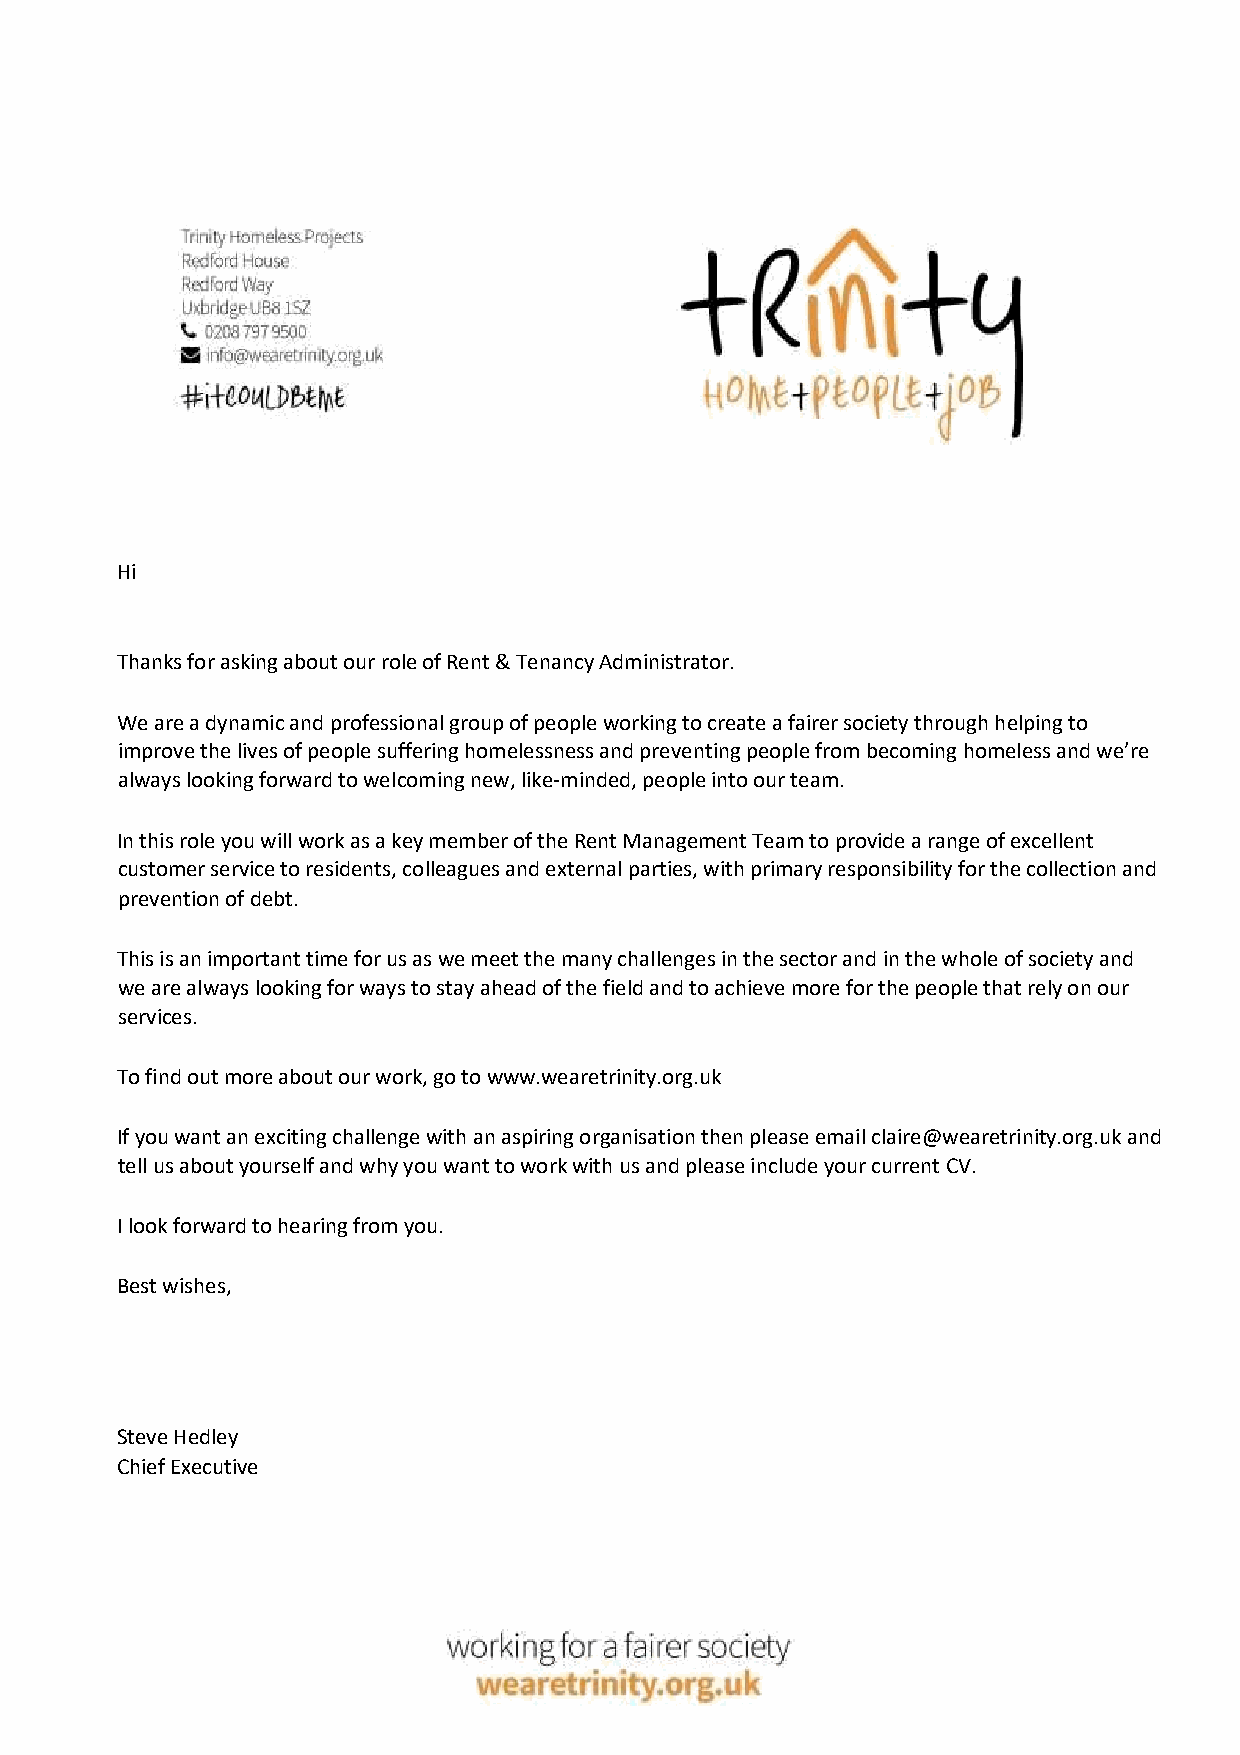
Hi
 Thanks for asking about our role of Rent & Tenancy Administrator.
 We are a dynamic and professional group of people working to create a fairer society through helping to
 improve the lives of people suffering homelessness and preventing people from becoming homeless and we’re
 always looking forward to welcoming new, like-minded, people into our team.
 In this role you will work as a key member of the Rent Management Team to provide a range of excellent
 customer service to residents, colleagues and external parties, with primary responsibility for the collection and
 prevention of debt.
 This is an important time for us as we meet the many challenges in the sector and in the whole of society and
 we are always looking for ways to stay ahead of the field and to achieve more for the people that rely on our
 services.
 To find out more about our work, go to www.wearetrinity.org.uk
 If you want an exciting challenge with an aspiring organisation then please email claire@wearetrinity.org.uk and
 tell us about yourself and why you want to work with us and please include your current CV.
 I look forward to hearing from you.
 Best wishes,
 Steve Hedley
 Chief Executive